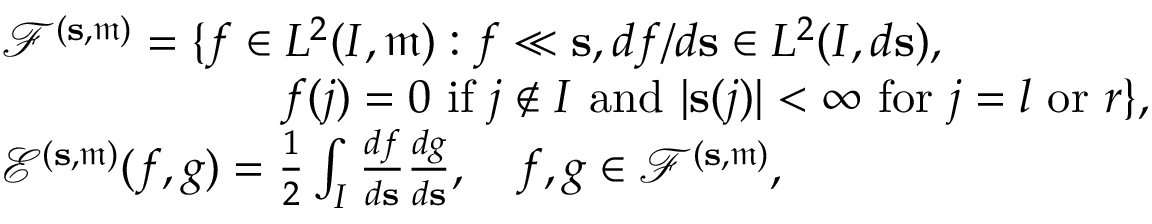
\begin{array} { r l } & { { \mathscr F } ^ { ( \mathbf { s } , \mathfrak { m } ) } = \{ f \in L ^ { 2 } ( I , \mathfrak { m } ) : f \ll \mathbf { s } , d f / d \mathbf { s } \in L ^ { 2 } ( I , d \mathbf { s } ) , } \\ & { \qquad \qquad \qquad f ( j ) = 0 \mathrm { ~ i f ~ } j \notin I \mathrm { ~ a n d ~ } | \mathbf { s } ( j ) | < \infty \mathrm { ~ f o r ~ } j = l \mathrm { ~ o r ~ } r \} , } \\ & { { \mathscr E } ^ { ( \mathbf { s } , \mathfrak { m } ) } ( f , g ) = \frac { 1 } { 2 } \int _ { I } \frac { d f } { d \mathbf { s } } \frac { d g } { d \mathbf { s } } , \quad f , g \in { \mathscr F } ^ { ( \mathbf { s } , \mathfrak { m } ) } , } \end{array}